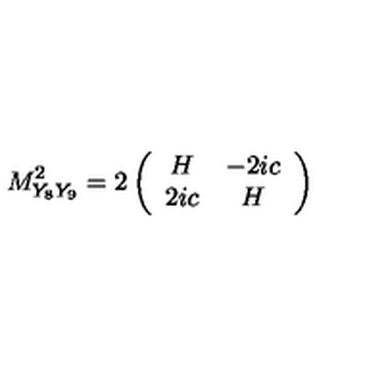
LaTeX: M _ { Y _ { 8 } Y _ { 9 } } ^ { 2 } = 2 \left( \begin{array} { c c } { H } & { - 2 i c } \\ { 2 i c } & { H } \\ \end{array} \right)